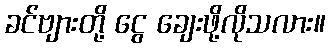
ခင်ဗျားတို့ ငွေ ချေးဖို့လိုသလား။